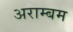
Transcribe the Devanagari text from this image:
अराम्बम